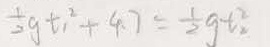
\frac { 1 } { 2 } g t _ { 1 } ^ { 2 } + 4 . 7 = \frac { 1 } { 2 } g t _ { 2 } ^ { 2 }